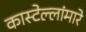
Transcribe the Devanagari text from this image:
कास्टेल्लांमारे